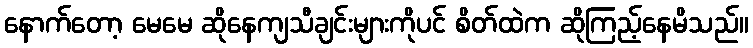
နောက်တော့ မေမေ ဆိုနေကျသီချင်းများကိုပင် စိတ်ထဲက ဆိုကြည့်နေမိသည်။